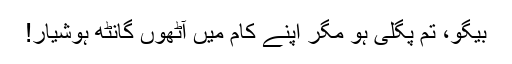
بیگو، تم پگلی ہو مگر اپنے کام میں آٹھوں گانٹھ ہوشیار!